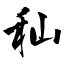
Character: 秈